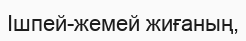
Ішпей-жемей жиғаның,